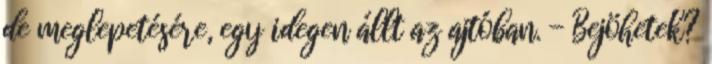
de meglepetésére, egy idegen állt az ajtóban. - Bejöhetek?